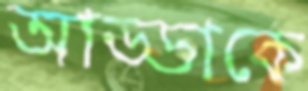
আড্ডাকে